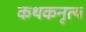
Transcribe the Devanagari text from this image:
कथकनृत्य